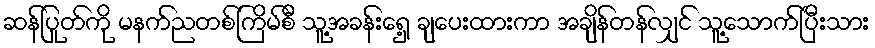
ဆန်ပြုတ်ကို မနက်ညတစ်ကြိမ်စီ သူ့အခန်းရှေ့ ချပေးထားကာ အချိန်တန်လျှင် သူ့သောက်ပြီးသား